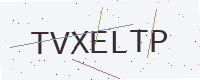
Text: TVXELTP